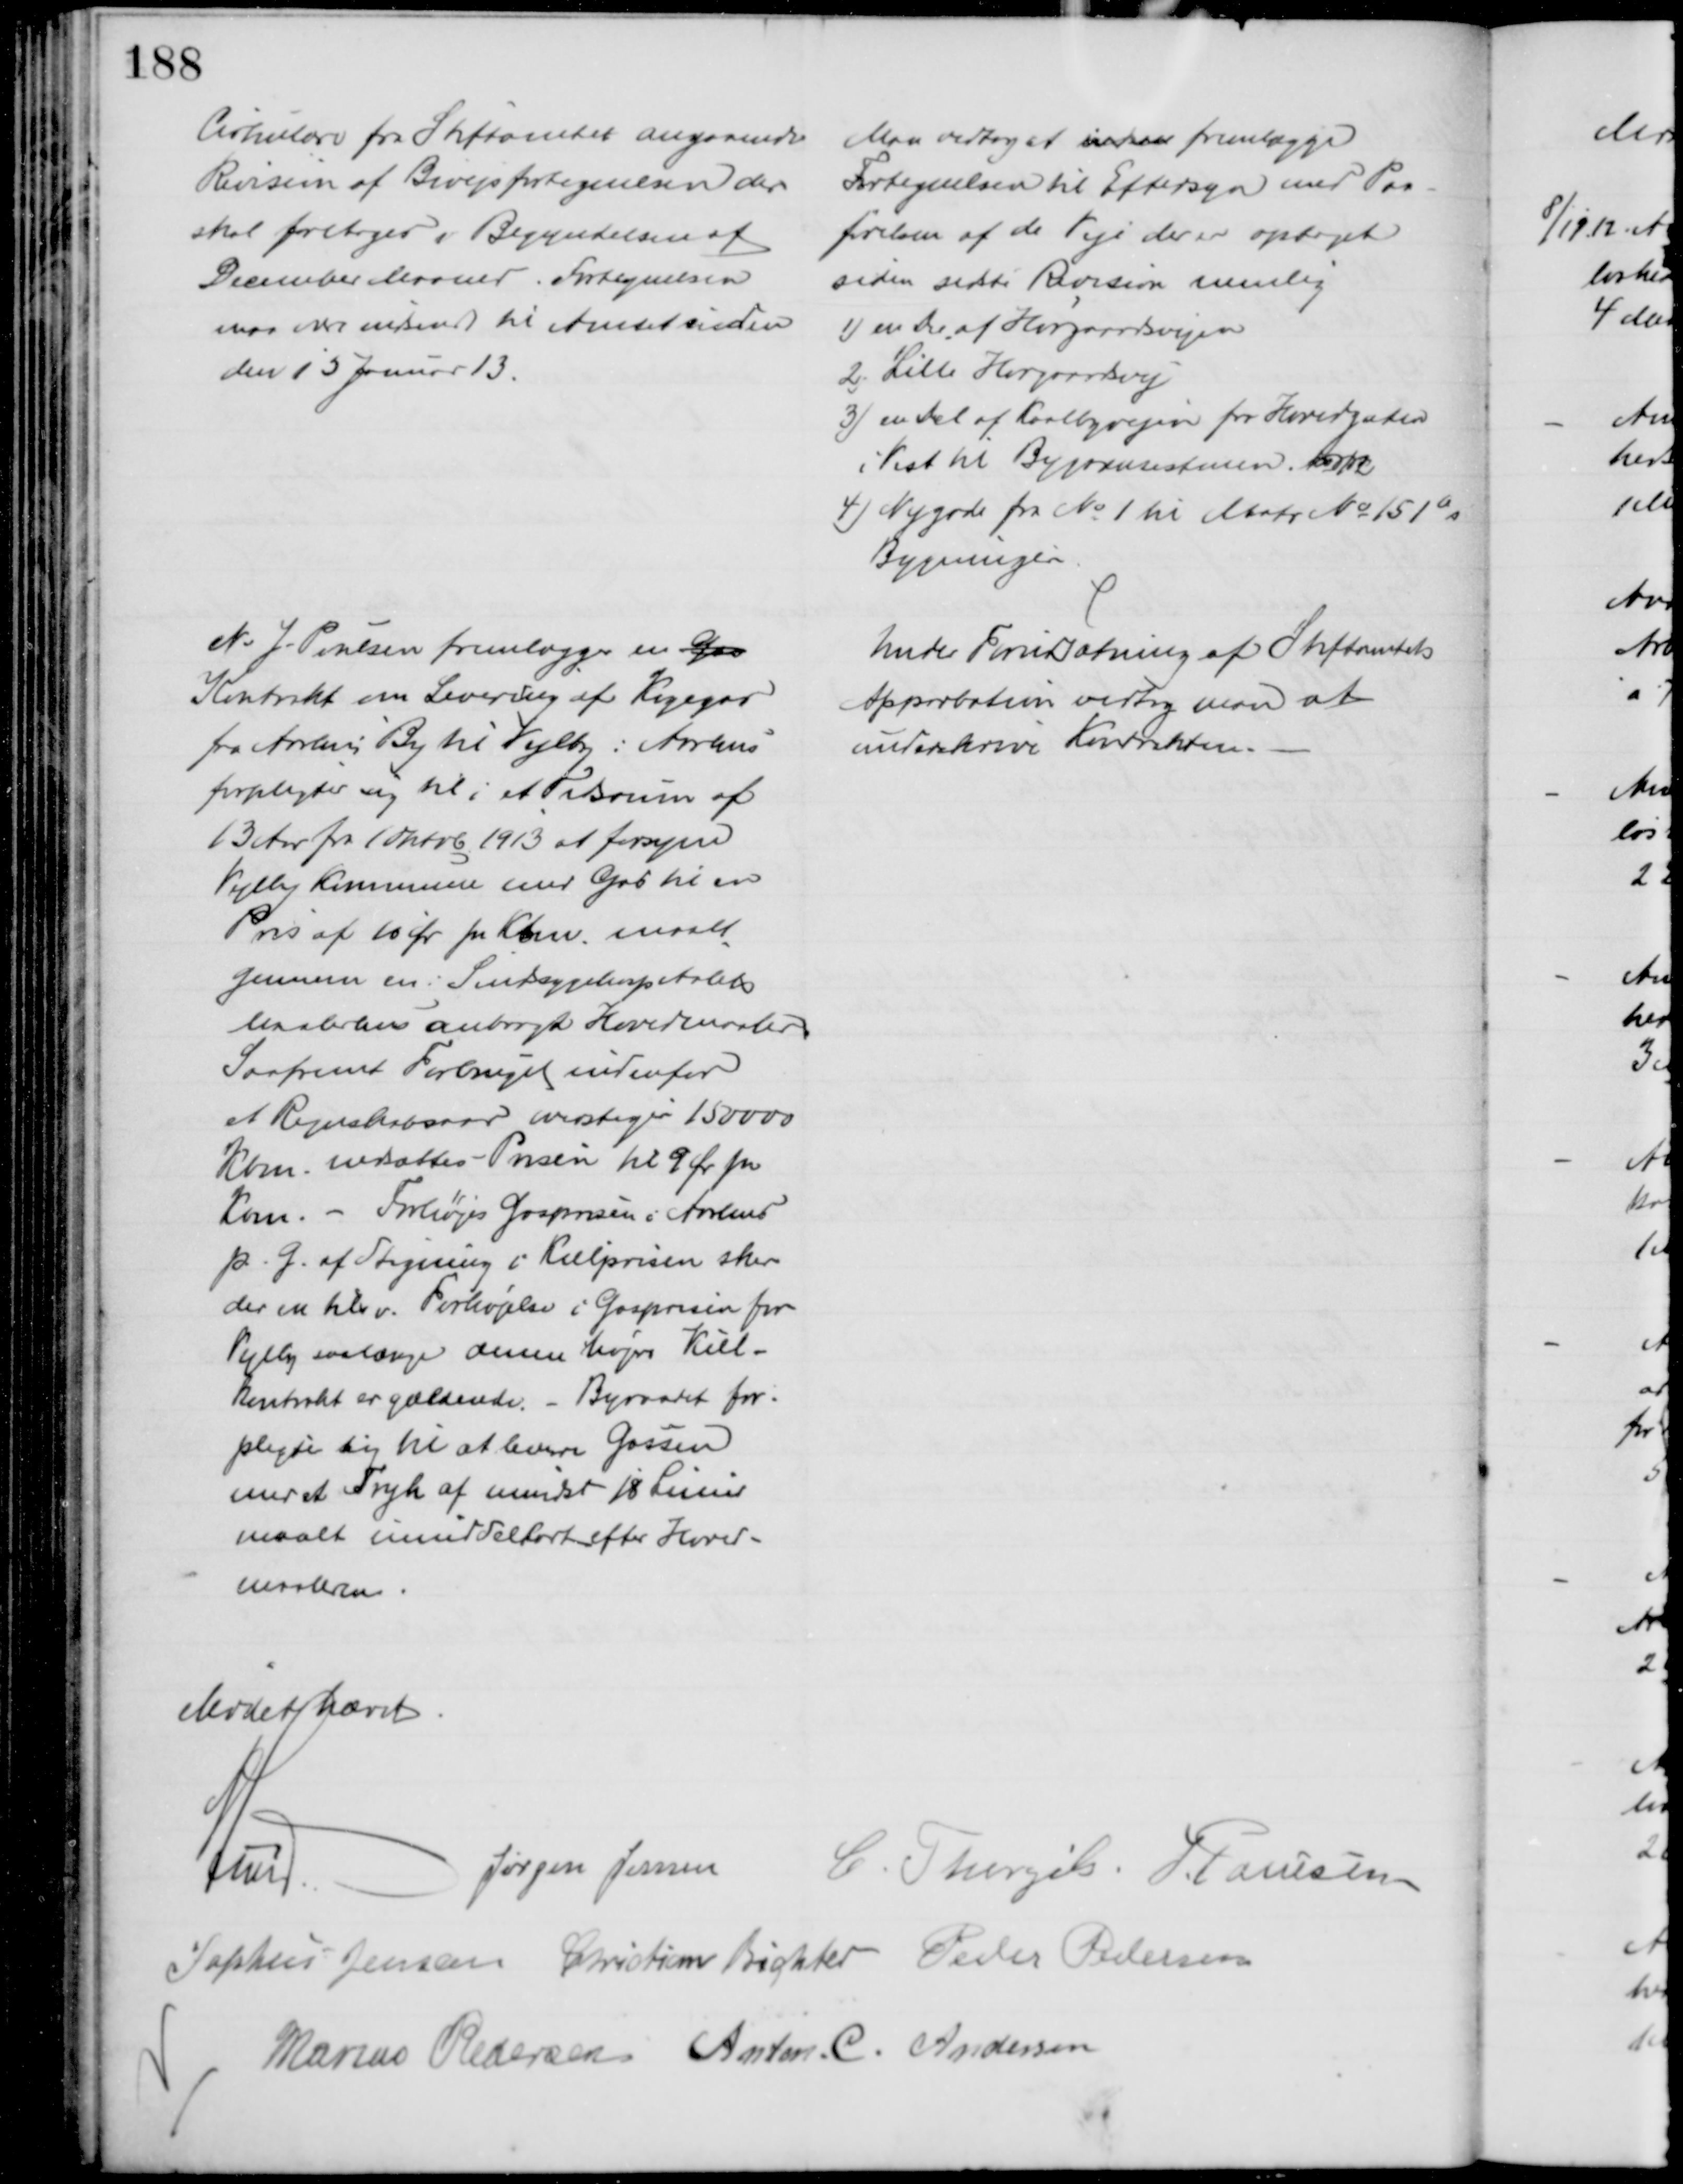
Transskription:
Cirkulære fra Stiftamtet angaaende 
Revision af Bivejsfortegnelsen der 
skal foretages i Begyndelsen af
December Maaned. Fortegnelsen
maa være indsendt til Amtet inden
den 15 Januar 13.
Man vedtog at indse fremlægge
Fortegnelsen til Eftersyn med Paa-
førelsen af de Veje der er optaget
siden sidste Revision nemlig
1) en Del af Hørgaardsvejen
2) Lille Hørgaardsvej
3) en Del af Kaalbyvejen fra Hovedgaden
i Vest til Bygrænsestenen. No 12
4) Nygade fra № 1 til Matr № 151as
Bygninger
N. J. Poulsen fremlægger en Gas
Kontrakt om Levering af Kogegas
fra Aarhus By til Vejlby: Aarhus
forpligter sig til i et Tidsrum af 
13 Aar fra Oktob. 1913 at forsyne
Vejlby Kommune med Gas til en 
Pris af 10 Ør pr. Kbm. maalt
gennem en i Sindsygehospitalets
Maalerhus anbragt Hovedmaaler
Saafremt Forbruget indenfor
et Regnskabsaar overstiger 150000
Kbm. nedsættes Prisen til 9 Ør pr
Kbm. - Forhøjes Gasprisen i Aarhus
p. G. af Stigning i Kulprisen sker
der en tilsv. Forhøjelse i Gasprisen for
Vejlby saalænge denne høje Kul-
kontrakt er gældende. - Byraadet for-
pligter sig til at levere Gassen
med et Tryk af mindst 18 Linier
maalt umiddelbart efter Hoved-
maaleren.
Under Forudsætning af Stiftamtets
Approbation vedtog man at 
underskrive Kontrakten.
Mødet hævet
A Lund
Jørgen Jensen C. Thorgils. J. Poulsen
Sophus Jensen Christian Richter Peder Pedersen
Marius Pedersen Anton. C. Andersen